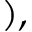
) ,